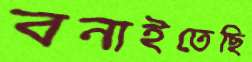
বনাইতেছি